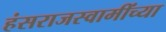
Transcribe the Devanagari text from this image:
हंसराजस्वामींच्या